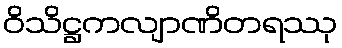
ဝိသိဋ္ဌကလျာဏိတရဿု